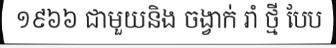
១៩៦៦ ជាមួយនិង ចង្វាក់ រាំ ថ្មី បែប